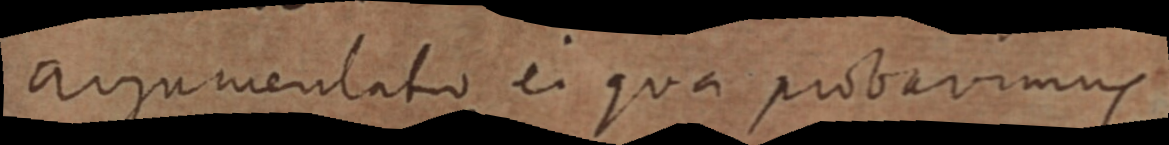
argumentatio ei qua probavimus